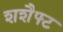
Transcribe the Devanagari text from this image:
शशैफ्ट